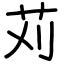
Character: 苅